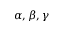
\alpha , \beta , \gamma